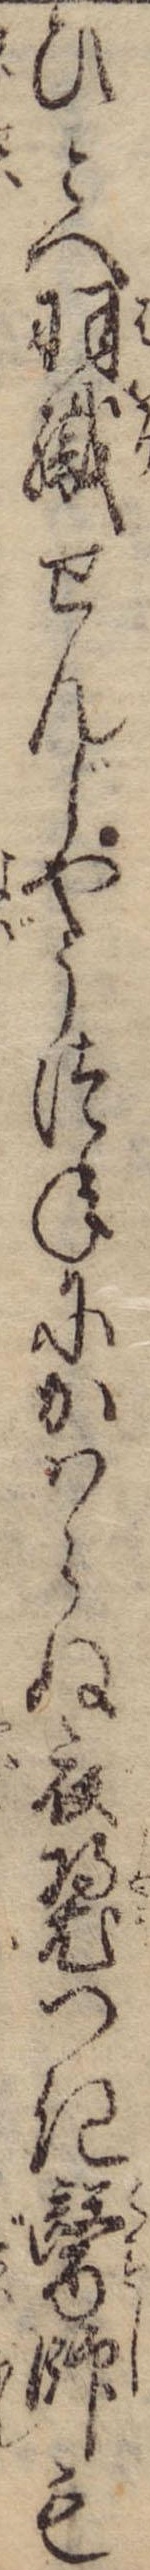
ひとへ羽織せんじやうつねにかはらぬ衣つき医師も